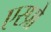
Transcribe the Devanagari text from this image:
एस्प्रो